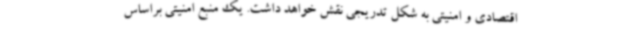
اقتصادی و امنیتی به شکل تدریجی نقش خواهد داشت. یک منبع امنیتی براساس